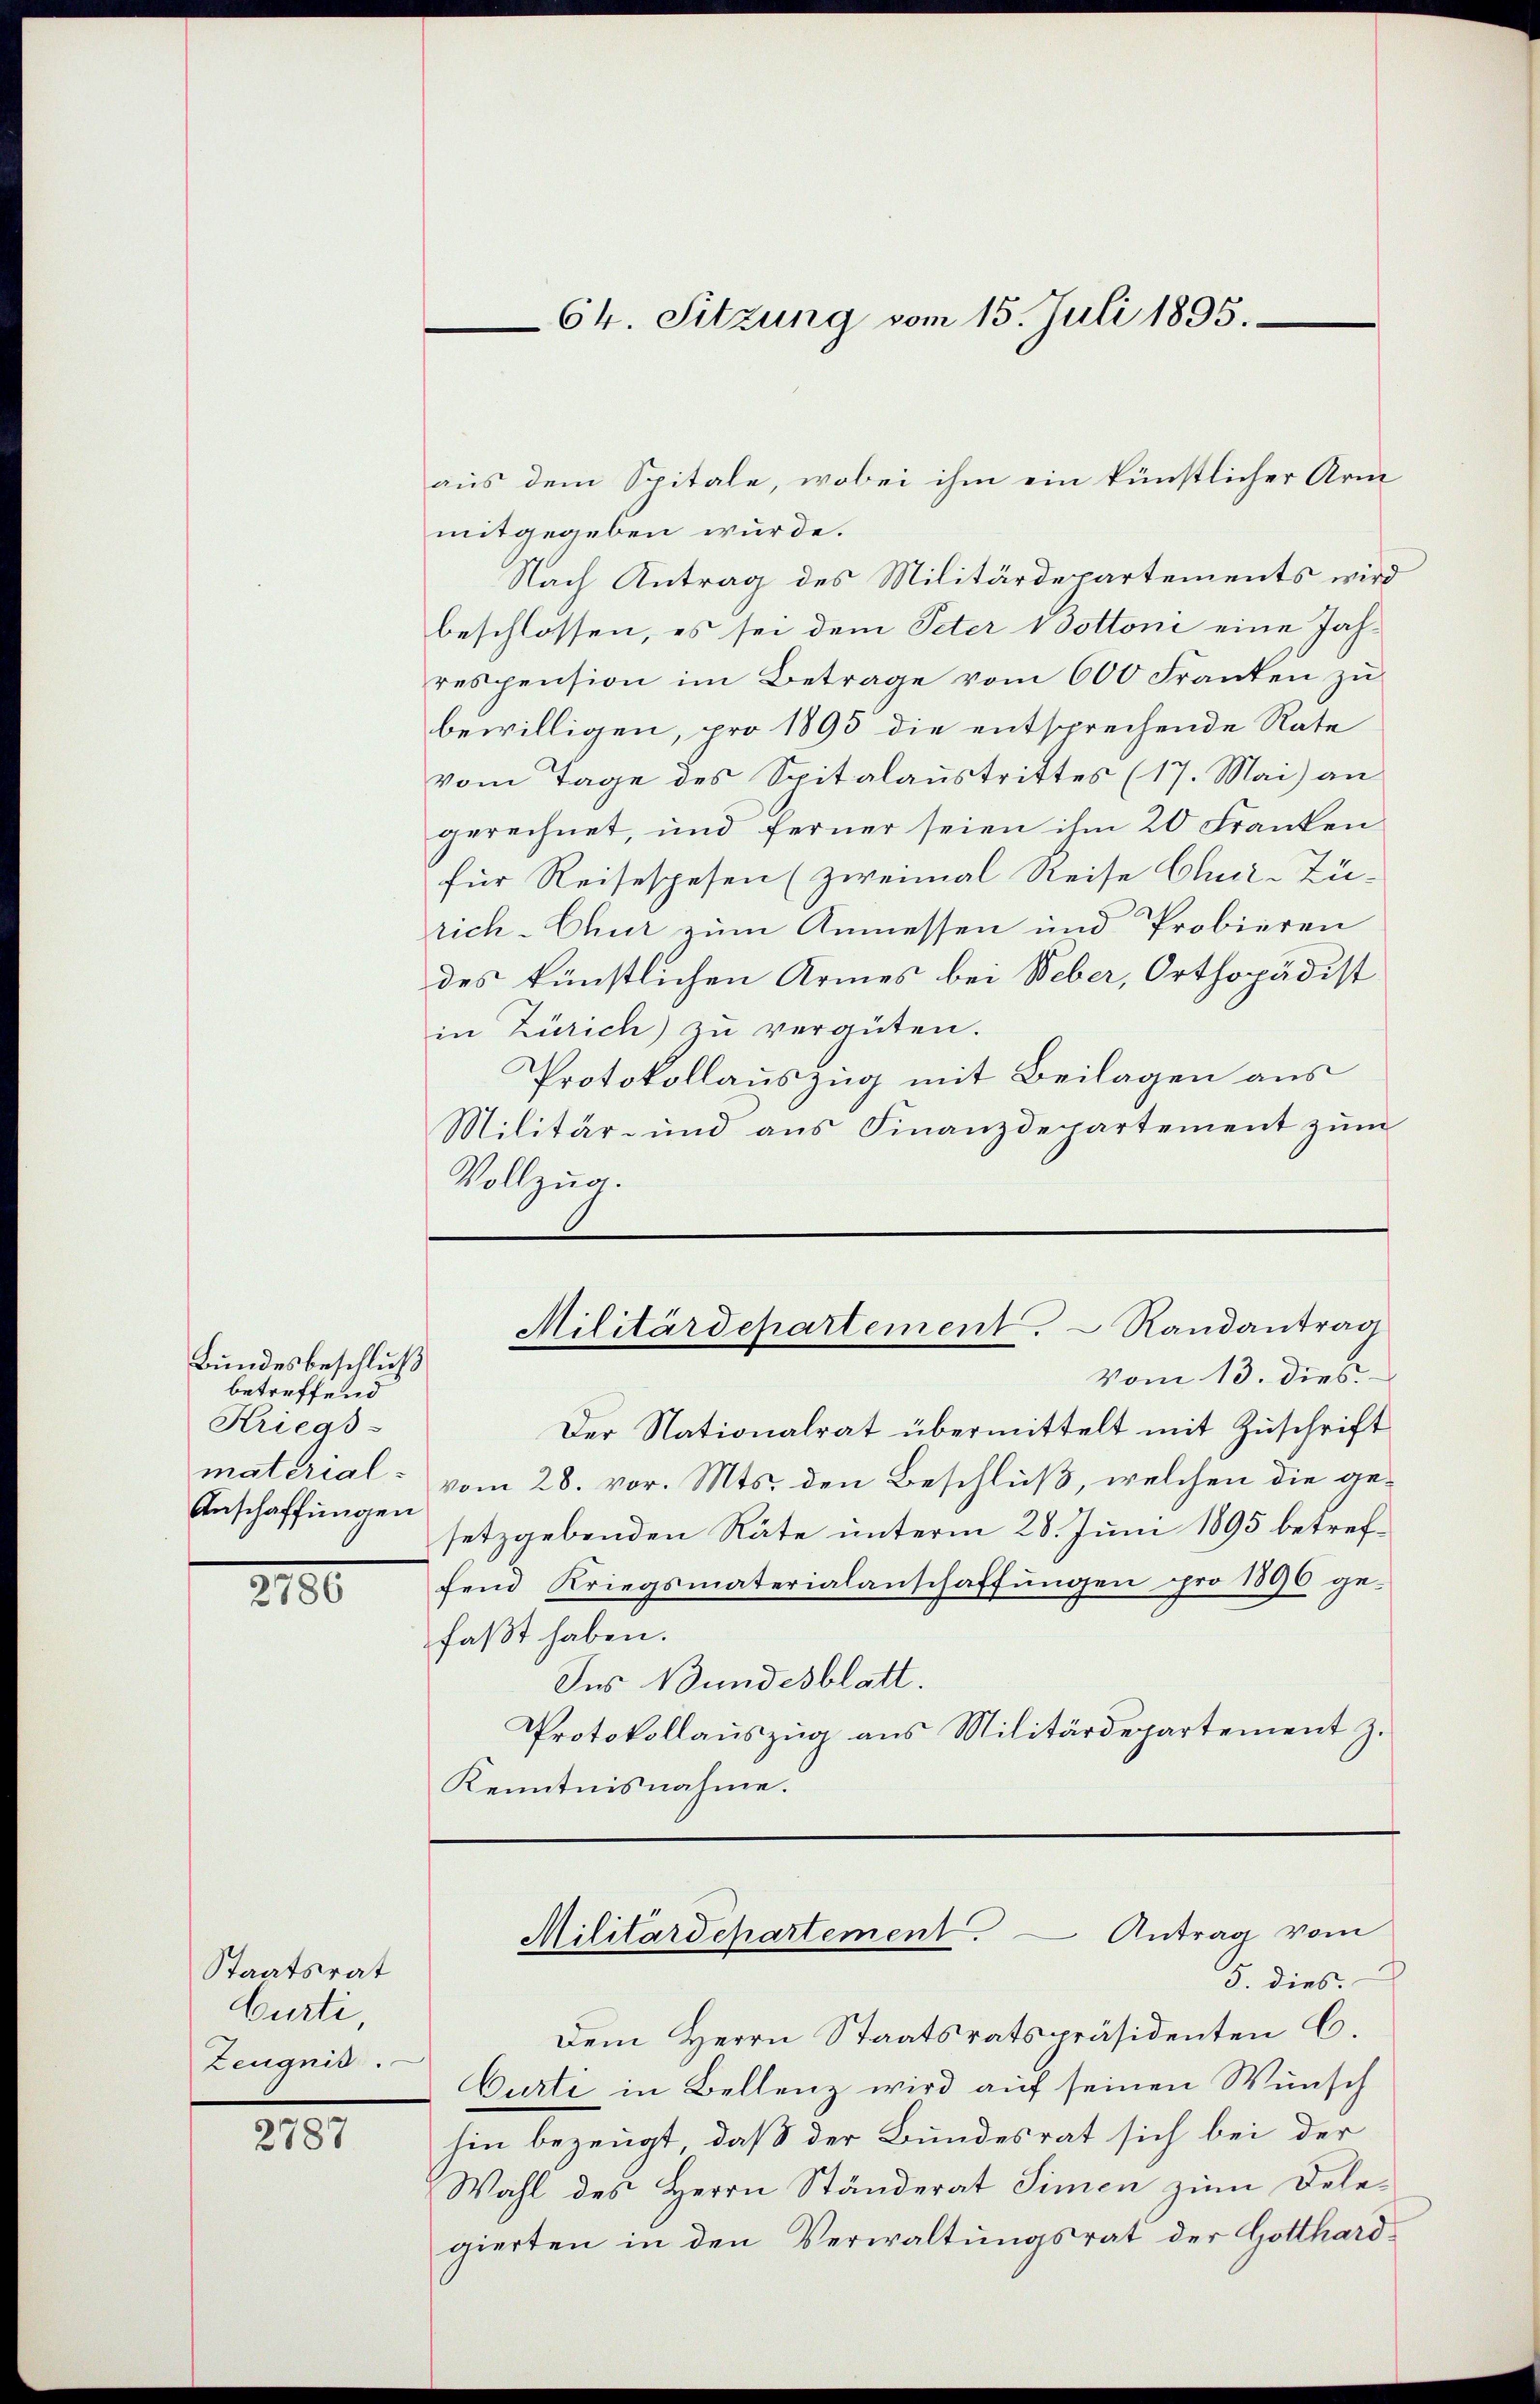
Bundesbeschluß
betreffend
Kriegs-
Anschaffungen
2100

Staatsrat
Curti,
Zeugnis.

2787

aus dem Spitale, wobei ihm ein künstlicher Arm
mitgegeben wurde.
Nach Antrag des Militärdepartements wird
beschlossen, es sei dem Peter Mottoni eine Jahrespension im Betrage vom 600 Franken zu
bewilligen, pro 1895 die entsprechende Rate
vom Tage des Spitalaustrittes (17. Mai) an
gerechnet, und ferner seien ihm 20 Franken
für Reisespesen (zweimal Reise Chur-Zü-
rich-Chur zum Anmessen und Probieren
des künstlichen Armes bei Weber, Orthopädist
in Zürich) zu vergüten.
Protokollauszug mit Beilagen aus
Militär- und aus Finanzdepartement zum
Vollzug.

64. Sitzung vom 15. Juli 1895.

Militärdepartement.  Randantrag
Vom 13. dies

Der Nationalrat übermittelt mit Zuschrift
material - vom 28. vor. Mts. den Beschluß, welchen die gesetzgebenden Räte unterm 28. Juni 1895 betreffend Kriegsmaterialanschaffungen pro 1896 ge-
faßt haben.
Ies Bundesblatt.
Protokollaŭszŭg ans Militärdepartement z.
Kenntnisnahme.

Dem Herrn Staatsratspräsidenten C.
Curti in Bellenz wird auf seinen Wunsch
hin bezeugt, daß der Bundesrat sich bei der
Wahl des Herrn Ständerat Simen zum Dele-
gierten in den Verwaltungsrat der Gotthard¬

Militärdepartement. Antrag vom
5. dies.